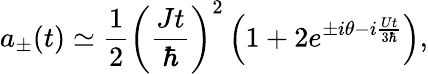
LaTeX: a_{\pm}(t)\simeq\frac{1}{2}\left(\frac{Jt}{\hbar}\right)^{2}\left(1+2e^{\pm i\theta-i\frac{Ut}{3\hbar}}\right),